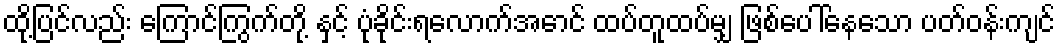
ထို့ပြင်လည်း ကြောင်ကြွက်တို့ နှင့် ပုံခိုင်းရလောက်အောင် ထပ်တူထပ်မျှ ဖြစ်ပေါ်နေသော ပတ်ဝန်းကျင်